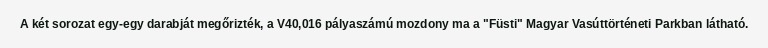
A két sorozat egy-egy darabját megőrizték, a V40,016 pályaszámú mozdony ma a "Füsti" Magyar Vasúttörténeti Parkban látható.